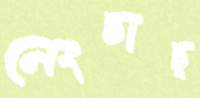
নেংচাচ্